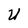
Character: U